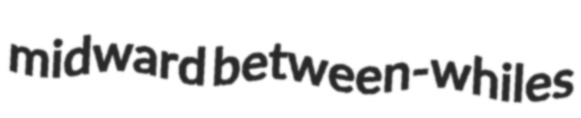
midward between-whiles